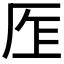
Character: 𠩎